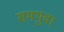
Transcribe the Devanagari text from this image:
समथुवा